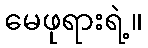
မေဖုရားရဲ့။